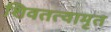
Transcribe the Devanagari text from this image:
शिवतत्वामृत